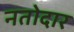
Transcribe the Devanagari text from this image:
नतोदार